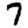
Digit: 7